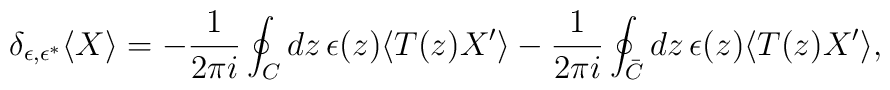
\delta_{\epsilon,\epsilon^{*}}\langle X\rangle=-\frac{1}{2\pi i}\oint_{C}dz\,\epsilon(z)\langle T(z)X'\rangle-\frac{1}{2\pi i}\oint_{\bar{C}}dz\,\epsilon(z)\langle T(z)X'\rangle,